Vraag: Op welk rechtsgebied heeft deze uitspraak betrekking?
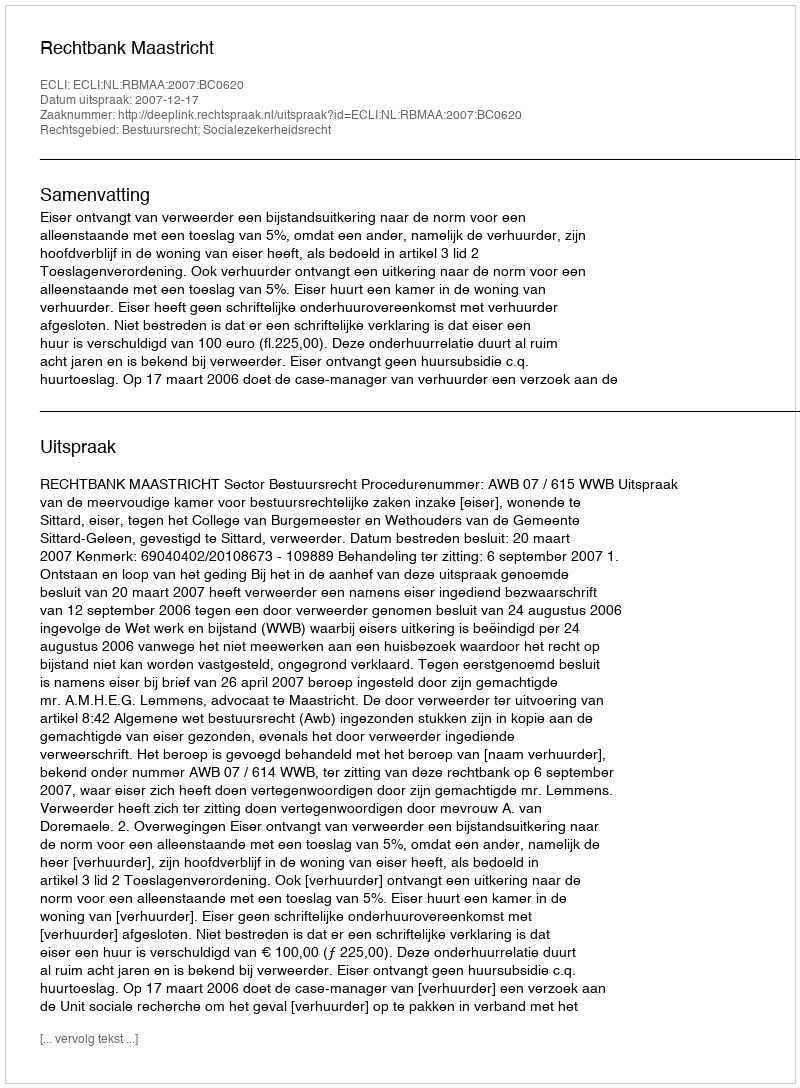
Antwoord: Bestuursrecht; Socialezekerheidsrecht